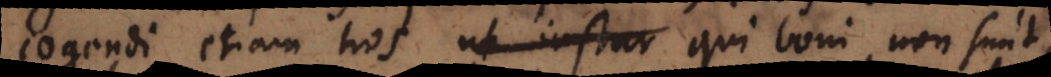
cogendi etiam hos ut instar qui boni non sunt,